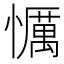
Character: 𢤆